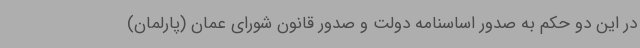
در این دو حکم به صدور اساسنامه دولت و صدور قانون شورای عمان (پارلمان)